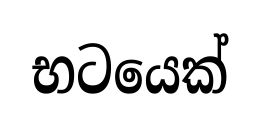
භටයෙක්